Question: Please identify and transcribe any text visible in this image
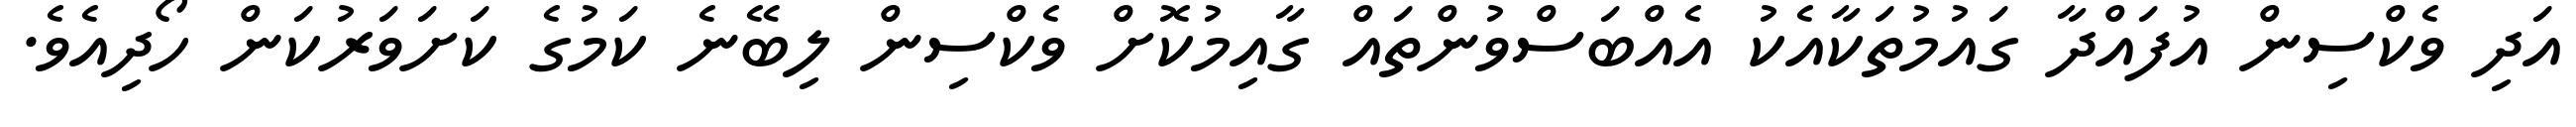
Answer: އަދި ވެކްސިން އުފައްދާ ގައުމުތަކާއެކު އެއްބަސްވުންތައް ގާއިމުކޮށް ވެކްސިން ލިބޭނެ ކަމުގެ ކަށަވަރުކަން ހޯދިއެވެ.